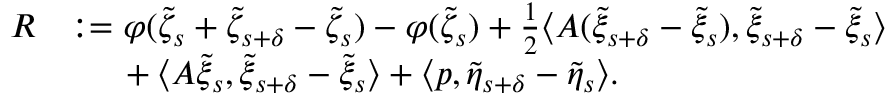
\begin{array} { r l } { R } & { : = \varphi ( \tilde { \zeta } _ { s } + \tilde { \zeta } _ { s + \delta } - \tilde { \zeta } _ { s } ) - \varphi ( \tilde { \zeta } _ { s } ) + \frac { 1 } { 2 } \langle A ( \tilde { \xi } _ { s + \delta } - \tilde { \xi } _ { s } ) , \tilde { \xi } _ { s + \delta } - \tilde { \xi } _ { s } \rangle } \\ & { \mathrm { ~ \ ~ \ } + \langle A \tilde { \xi } _ { s } , \tilde { \xi } _ { s + \delta } - \tilde { \xi } _ { s } \rangle + \langle p , \tilde { \eta } _ { s + \delta } - \tilde { \eta } _ { s } \rangle . } \end{array}